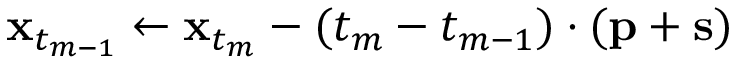
\mathbf { x } _ { t _ { m - 1 } } \gets \mathbf { x } _ { t _ { m } } - ( t _ { m } - t _ { m - 1 } ) \cdot ( \mathbf { p } + \mathbf { s } )